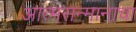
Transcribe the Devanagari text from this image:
आत्मसन्मानाचा